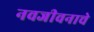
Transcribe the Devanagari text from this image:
नवजीवनाचे